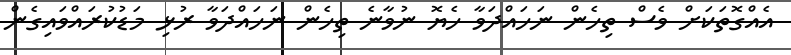
އެއްގޮތަކަށް ވެސް ތިހެން ނަހައްދަވާ ހެޔޮ ނުވާނެ ތިހެން ނަހައްދަވާ ރުޅި މަޑުކުރައްވައިގެން